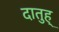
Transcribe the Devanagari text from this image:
दातुह्